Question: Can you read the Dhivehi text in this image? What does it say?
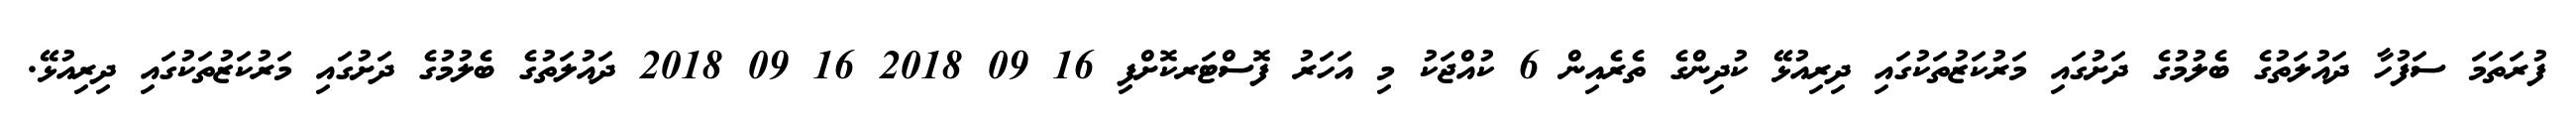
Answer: ފުރަތަމަ ސަފުހާ ދައުލަތުގެ ބެލުމުގެ ދަށުގައި މަރުކަޒުތަކުގައި ދިރިއުޅޭ ކުދިންގެ ތެރެއިން 6 ކުއްޖަކު މި އަހަރު ފޮސްޓަރކޮށްފި 16 09 2018 16 09 2018 ދައުލަތުގެ ބެލުމުގެ ދަށުގައި މަރުކަޒުތަކުގައި ދިރިއުޅޭ.